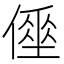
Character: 𠍮